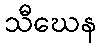
သီဃေန